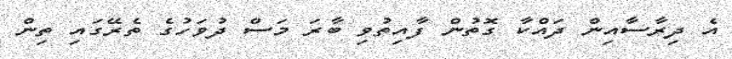
އެ ދިރާސާއިން ދައްކާ ގޮތުން ފާއިތުވި ބާރަ މަސް ދުވަހުގެ ތެރޭގައި ތިން